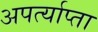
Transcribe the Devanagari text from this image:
अपर्त्याप्ता